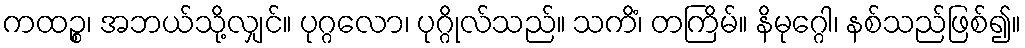
ကထဉ္စ၊ အဘယ်သို့လျှင်။ ပုဂ္ဂလော၊ ပုဂ္ဂိုလ်သည်။ သကိံ၊ တကြိမ်။ နိမုဂ္ဂေါ၊ နစ်သည်ဖြစ်၍။